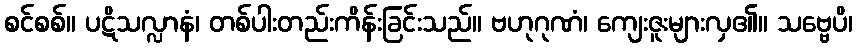
စင်စစ်။ ပဋိသလ္လာနံ၊ တစ်ပါးတည်းကိန်းခြင်းသည်။ ဗဟုဂုဏံ၊ ကျေးဇူးများလှ၏။ သဗ္ဗေပိ၊